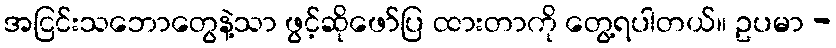
အငြင်းသဘောတွေနဲ့သာ ဖွင့်ဆိုဖော်ပြ ထားတာကို တွေ့ရပါတယ်။ ဥပမာ -